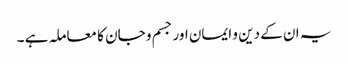
یہ ان کے دین و ایمان اور جسم و جان کا معاملہ ہے ۔